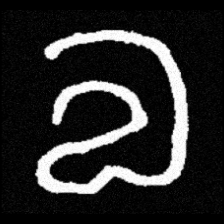
Pyu character \u2014 Myanmar letter: လ (romanized: la)